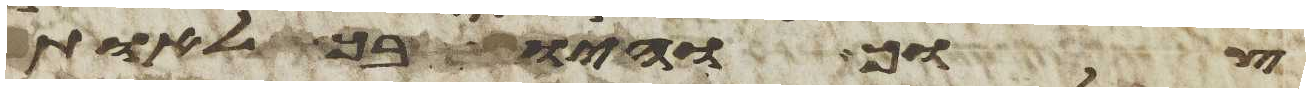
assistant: צוך והיו בך לאות